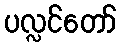
ပလ္လင်တော်